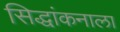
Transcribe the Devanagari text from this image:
सिद्धांकनाला